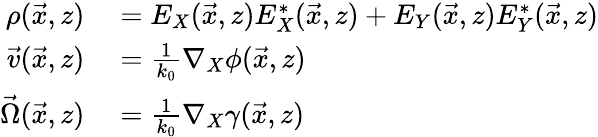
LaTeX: \begin{array}{rl}{\rho(\vec{x},z)}&{{}=E_{X}(\vec{x},z)E_{X}^{*}(\vec{x},z)+E_{Y}(\vec{x},z)E_{Y}^{*}(\vec{x},z)}\\ {\vec{v}(\vec{x},z)}&{{}=\frac{1}{k_{0}}\nabla_{X}\phi(\vec{x},z)}\\ {\vec{\Omega}(\vec{x},z)}&{{}=\frac{1}{k_{0}}\nabla_{X}\gamma(\vec{x},z)}\end{array}